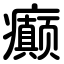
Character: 癫